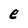
Character: e